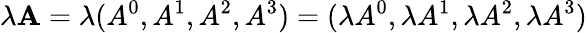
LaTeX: \lambda\mathbf{A}=\lambda(A^{0},A^{1},A^{2},A^{3})=(\lambda A^{0},\lambda A^{1},\lambda A^{2},\lambda A^{3})